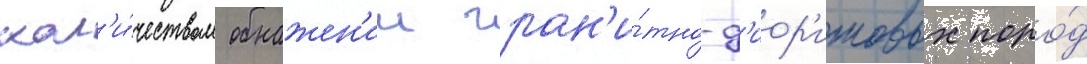
кол'и́чеством обнажен'ии гран'и́тно-д'иор'итовых поро́д